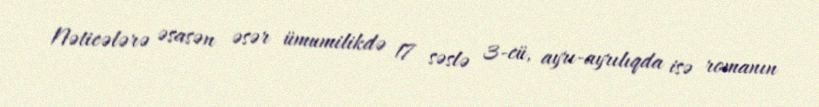
Nəticələrə əsasən əsər ümumilikdə 17 səslə 3-cü, ayrı-ayrılıqda isə romanın